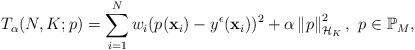
LaTeX: \begin{align*}T_\alpha(N,K;p)=\sum_{i=1}^Nw_i(p(\mathbf{x}_i)-y^\epsilon(\mathbf{x}_i))^2+\alpha\left\|p\right\|^2_{\mathcal{H}_K},\ p\in\mathbb{P}_M,\end{align*}